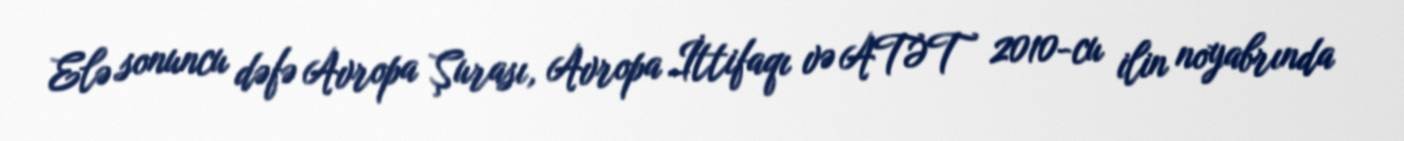
Elə sonuncu dəfə Avropa Şurası, Avropa İttifaqı və ATƏT 2010-cu ilin noyabrında